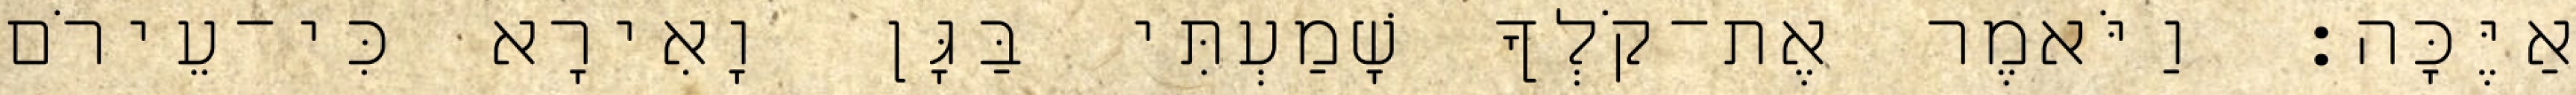
אַיֶּכָּה׃ וַיֹּאמֶר אֶת־קֹלְךָ שָׁמַעְתִּי בַּגָּן וָאִירָא כִּי־עֵירֹם